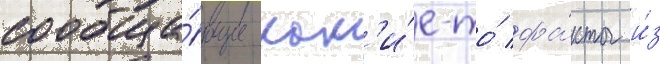
сообща́ющие как'и́е-то́ фа́кты и́з